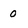
Character: 0